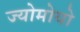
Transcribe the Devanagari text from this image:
ज्योमोयो